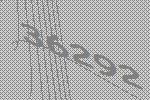
36292